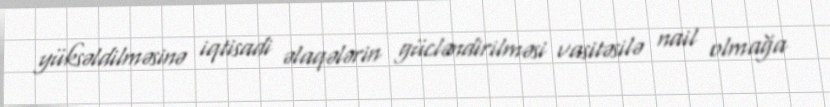
yüksəldilməsinə iqtisadi əlaqələrin gücləndirilməsi vasitəsilə nail olmağa